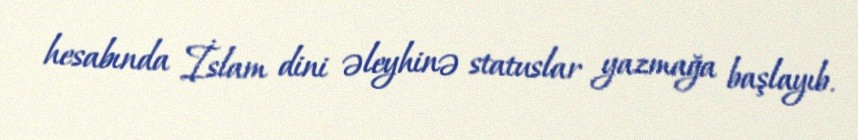
hesabında İslam dini əleyhinə statuslar yazmağa başlayıb.